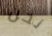
نحن